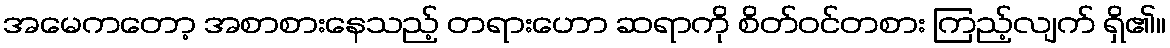
အမေကတော့ အစာစားနေသည့် တရားဟော ဆရာကို စိတ်ဝင်တစား ကြည့်လျက် ရှိ၏။